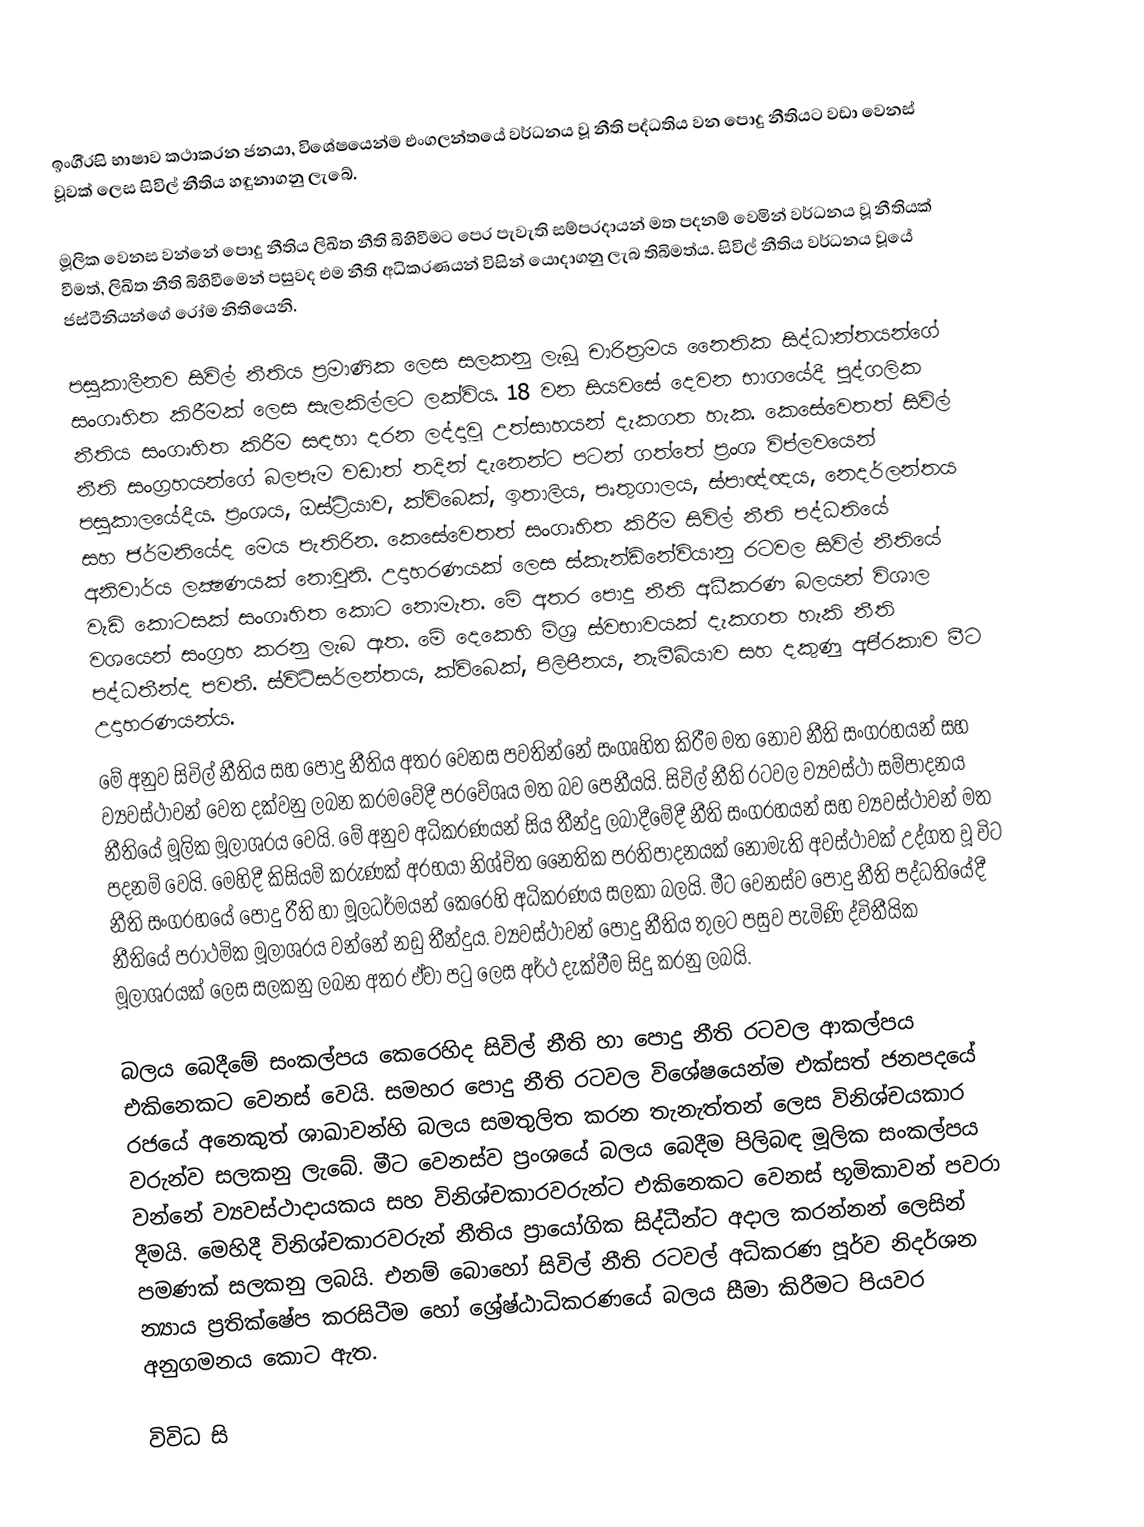
ඉංගී‍්‍රසි භාෂාව කථාකරන ජනයා, විශේෂයෙන්ම එංගලන්තයේ වර්ධනය වූ නීති පද්ධතිය වන පොදු නීතියට වඩා වෙනස් වූවක් ලෙස සිවිල් නීතිය හඳුනාගනු ලැබේ.

මූලික වෙනස වන්නේ පොදු නීතිය ලිඛිත නීති බිහිවීමට පෙර පැවැති සම්ප‍්‍රදායන් මත පදනම් වෙමින් වර්ධනය වූ නීතියක් වීමත්, ලිඛිත නීති බිහිවීමෙන් පසුවද එම නීති අධිකරණයන් විසින් යොදාගනු ලැබ තිබිමත්ය. සිවිල් නීතිය වර්ධනය වූයේ ජස්ටීනියන්ගේ රෝම නිතියෙනි.

පසුකාලීනව සිවිල් නීතිය ප‍්‍රමාණික ලෙස සලකනු ලැබූ චාරිත‍්‍රමය නෛතික සිද්ධාන්තයන්ගේ සංගෘහිත කිරීමක් ලෙස සැලකිල්ලට ලක්විය. 18 වන සියවසේ දෙවන භාගයේදී පුද්ගලික නීතිය සංගෘහිත කිරීම සඳහා දරන ලද්දාවූ උත්සාහයන් දැකගත හැක. කෙසේවෙතත් සිවිල් නීති සංග‍්‍රහයන්ගේ බලපෑම වඩාත් තදින් දැනෙන්ට පටන් ගත්තේ ප‍්‍රංශ විප්ලවයෙන් පසුකාලයේදීය. ප‍්‍රංශය, ඔස්ට්‍රියාව, ක්විබෙක්, ඉතාලිය, පෘතුගාලය, ස්පාඥ්ඥය, නෙදර්ලන්තය සහ ජර්මනියේද මෙය පැතිරින. කෙසේවෙතත් සංගෘහිත කිරීම සිවිල් නීති පද්ධතියේ අනිවාර්ය ලක්‍ෂණයක් නොවුනි. උදාහරණයක් ලෙස ස්කැන්ඩිනේවියානු රටවල සිවිල් නීතියේ වැඩි කොටසක් සංගෘහිත කොට නොමැත. මේ අතර පොදු නීති අධීකරණ බලයන් විශාල වශයෙන් සංග‍්‍රහ කරනු ලැබ ඇත. මේ දෙකෙහි මිශ‍්‍ර ස්වභාවයක් දැකගත හැකි නීති පද්ධතීන්ද පවතී. ස්විට්සර්ලන්තය, ක්විබෙක්, පිලිපීනය, නැමීබියාව සහ දකුණු අපි‍්‍රකාව මීට උදාහරණයන්ය.
මේ අනුව සිවිල් නීතිය සහ පොදු නීතිය අතර වෙනස පවතින්නේ සංගෘහිත කිරීම මත නොව නීති සංග‍්‍රහයන් සහ ව්‍යවස්ථාවන් වෙත දක්වනු ලබන ක‍්‍රමවේදී ප‍්‍රවේශය මත බව පෙනීයයි. සිවිල් නීති රටවල ව්‍යවස්ථා සම්පාදනය නීතියේ මූලික මූලාශ‍්‍රය වෙයි. මේ අනුව අධිකරණයන් සිය තීන්දු ලබාදීමේදී නීති සංග‍්‍රහයන් සහ ව්‍යවස්ථාවන් මත පදනම් වෙයි. මෙහිදී කිසියම් කරුණක් අරභයා නිශ්චිත නෛතික ප‍්‍රතිපාදනයක් නොමැති අවස්ථාවක් උද්ගත වූ විට නීති සංග‍්‍රහයේ පොදු රීති හා මූලධර්මයන් කෙරෙහි අධිකරණය සලකා බලයි. මීට වෙනස්ව පොදු නීති පද්ධතියේදී නීතියේ ප‍්‍රාථමික මූලාශ‍්‍රය වන්නේ නඩු තීන්දුය. ව්‍යවස්ථාවන් පොදු නීතිය තුලට පසුව පැමිණි ද්විතීයික මූලාශ‍්‍රයක් ලෙස සලකනු ලබන අතර ඒවා පටු ලෙස අර්ථ දැක්වීම සිදු කරනු ලබයි.

බලය බෙදීමේ සංකල්පය කෙරෙහිද සිවිල් නීති හා පොදු නීති රටවල ආකල්පය එකිනෙකට වෙනස් වෙයි. සමහර පොදු නීති රටවල විශේෂයෙන්ම එක්සත් ජනපදයේ රජයේ අනෙකුත් ශාඛාවන්හි බලය සමතුලිත කරන තැනැත්තන් ලෙස විනිශ්චයකාර වරුන්ව සලකනු ලැබේ. මීට වෙනස්ව ප‍්‍රංශයේ බලය බෙදීම පිලිබඳ මූලික සංකල්පය වන්නේ ව්‍යවස්ථාදායකය සහ විනිශ්චකාරවරුන්ට එකිනෙකට වෙනස් භූමිකාවන් පවරා දීමයි. මෙහිදී විනිශ්චකාරවරුන් නීතිය ප‍්‍රායෝගික සිද්ධීන්ට අදාල කරන්නන් ලෙසින් පමණක් සලකනු ලබයි. එනම් බොහෝ සිවිල් නීති රටවල් අධිකරණ පූර්ව නිදර්ශන න්‍යාය ප‍්‍රතික්ෂේප කරසිටීම හෝ ශ්‍රේෂ්ඨාධිකරණයේ බලය සීමා කිරීමට පියවර අනුගමනය කොට ඇත.

විවිධ සි